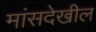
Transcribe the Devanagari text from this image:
मांसदेखील